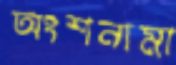
অংশনামা